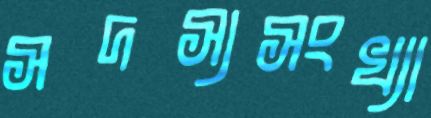
সদস্যসংখ্যা